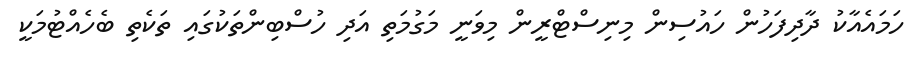
ހަމައެއާކު ދާދިފަހުން ހައުސިން މިނިސްޓްރީން މިވަނީ މަގުމަތި އަދި ހުސްބިންތަކުގައި ތަކެތި ބެހެއްޓުމަކީ